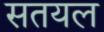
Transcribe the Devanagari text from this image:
सतयल